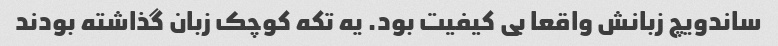
ساندویچ زبانش واقعا بی کیفیت بود. یه تکه کوچک زبان گذاشته بودند